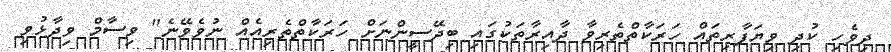
ދިވެހި ކުދި ވިޔަފާރިތައް ހަރަކާތްތެރިވާ ދާއިރާތަކުގައި ބިދޭސީންނަށް ހަރަކާތްތެރިއެއް ނުވެވޭނެ" ވިސާމް ވިދާޅުވި